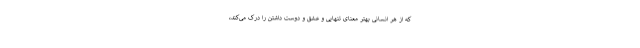
که از هر انسانی بهتر معنای تنهایی و عشق و دوست داشتن را درک می‌کند،